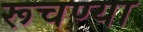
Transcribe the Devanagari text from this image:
रूचण्या